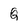
Character: Q